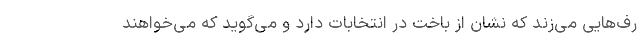
رف‌هایی می‌زند که نشان از باخت در انتخابات دارد و می‌گوید که می‌خواهند